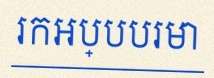
រកអប្បបរមា